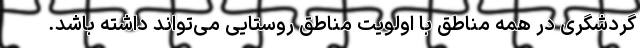
گردشگری در همه مناطق با اولویت مناطق روستایی می‌تواند داشته باشد.